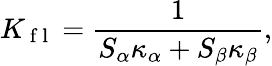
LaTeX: K_{\mathrm{~f~l~}}=\frac{1}{S_{\alpha}\kappa_{\alpha}+S_{\beta}\kappa_{\beta}},